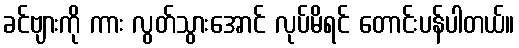
ခင်ဗျားကို ကား လွတ်သွားအောင် လုပ်မိရင် တောင်းပန်ပါတယ်။